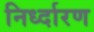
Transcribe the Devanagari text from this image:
निर्ध्दारण